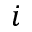
i